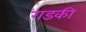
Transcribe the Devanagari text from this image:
गडकी